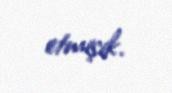
etmişik.